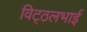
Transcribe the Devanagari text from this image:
विट्‍ठलभाई